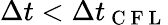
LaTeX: \Delta t<\Delta t_{\mathrm{~C~F~L~}}